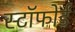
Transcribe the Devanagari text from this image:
स्टॉफोर्ड